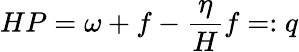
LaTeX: HP=\omega+f-\frac{\eta}{H}f=:q